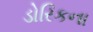
ડોરિકના